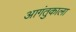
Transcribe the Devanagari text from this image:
आगंतुकाला